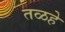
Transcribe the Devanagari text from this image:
तळहे